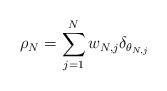
LaTeX: \begin{align*}\rho_N = \sum_{j=1}^{N} w_{N,j} \delta_{\theta_{N,j}}\end{align*}